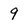
Character: 9